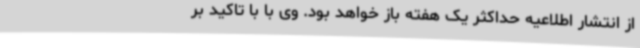
از انتشار اطلاعیه حداکثر یک هفته باز خواهد بود. وی با با تاکید بر